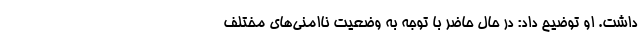
داشت. او توضیح داد: در حال حاضر با توجه به وضعیت ناامنی‌های مختلف